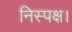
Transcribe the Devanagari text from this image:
निस्पक्ष।